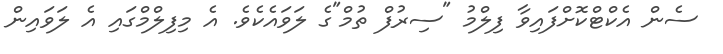
ސެން އެކްޓްކޮށްފައިވާ ފިލްމު "ސިރުފް ތުމް"ގެ ލަވައެކެވެ. އެ މިފިލްމްގައި އެ ލަވައިން